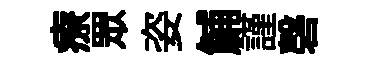
療眾姿鯆謹磬